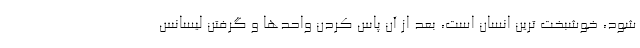
شود، خوشبخت ترین انسان است، بعد از آن پاس کردن واحدها و گرفتن لیسانس